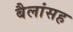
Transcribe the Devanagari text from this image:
बैलांसह